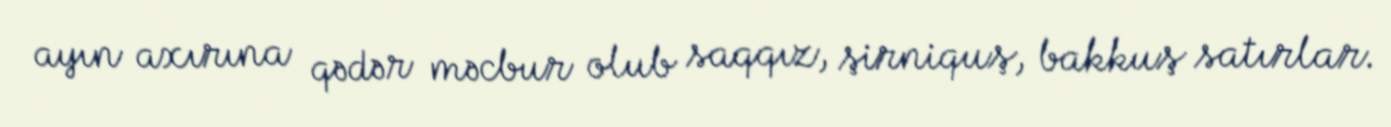
ayın axırına qədər məcbur olub saqqız, şirniquş, bakkuş satırlar.